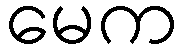
မေက